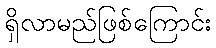
ရှိလာမည်ဖြစ်ကြောင်း